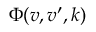
\Phi ( v , v ^ { \prime } , k )